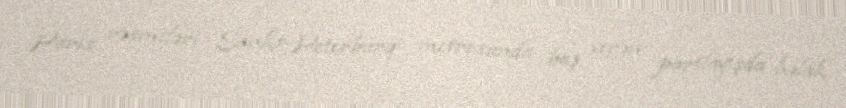
Paris rəsmiləri Sankt-Peterburq metrosunda baş verən partlayışda həlak